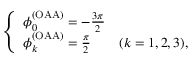
\left\{ \begin{array} { l l } { \phi _ { 0 } ^ { ( \mathrm { O A A } ) } = - \frac { 3 \pi } { 2 } } \\ { \phi _ { k } ^ { ( \mathrm { O A A } ) } = \frac { \pi } { 2 } } & { ( k = 1 , 2 , 3 ) , } \end{array} \right.